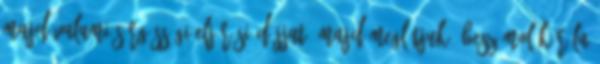
majd valami sürgösségi eljárási díjjat. Majd meglátjuk. Beszámolók róla